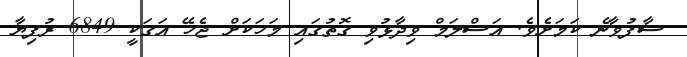
ސާފުވާނެ ކަމަށެވެ. އަސްލަމް ވިދާޅުވި ގޮތުގައި މަހަކަށް ޖެހޭ އަގަކީ 6849 ރުފިޔާ